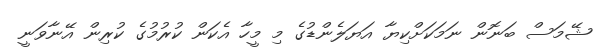
ޝޭމަސް ބަނޮން ނަމަކަށްކިޔާ އަޔަލެންޑުގެ މި މީހާ އެކަން ކުރުމުގެ ކުރިން އޭނާވަނީ